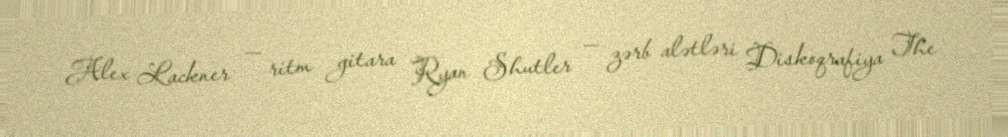
Alex Lackner — ritm gitara Ryan Shutler — zərb alətləri Diskoqrafiya The